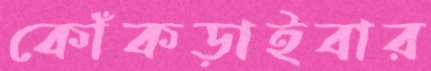
কোঁকড়াইবার